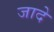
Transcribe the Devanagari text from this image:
जादे